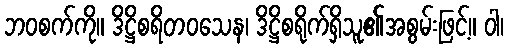
ဘဝစက်ကို။ ဒိဋ္ဌိစရိတဝသေန၊ ဒိဋ္ဌိစရိုက်ရှိသူ၏အစွမ်းဖြင့်။ ဝါ၊